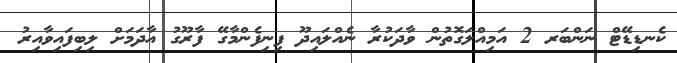
ކެނޑިޑޭޓް ނަންބަރ 2 އަމިއްލަގޮތުން ވާދަކުރާ ނެއްލައިދޫ ފިނިފެންމާގޭ ފާރޫގު އާދަމަށް ލިބިފައިވާއިރު